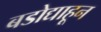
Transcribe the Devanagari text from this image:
बडोद्याहून